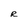
Character: R